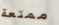
ممتعة